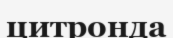
цитронда